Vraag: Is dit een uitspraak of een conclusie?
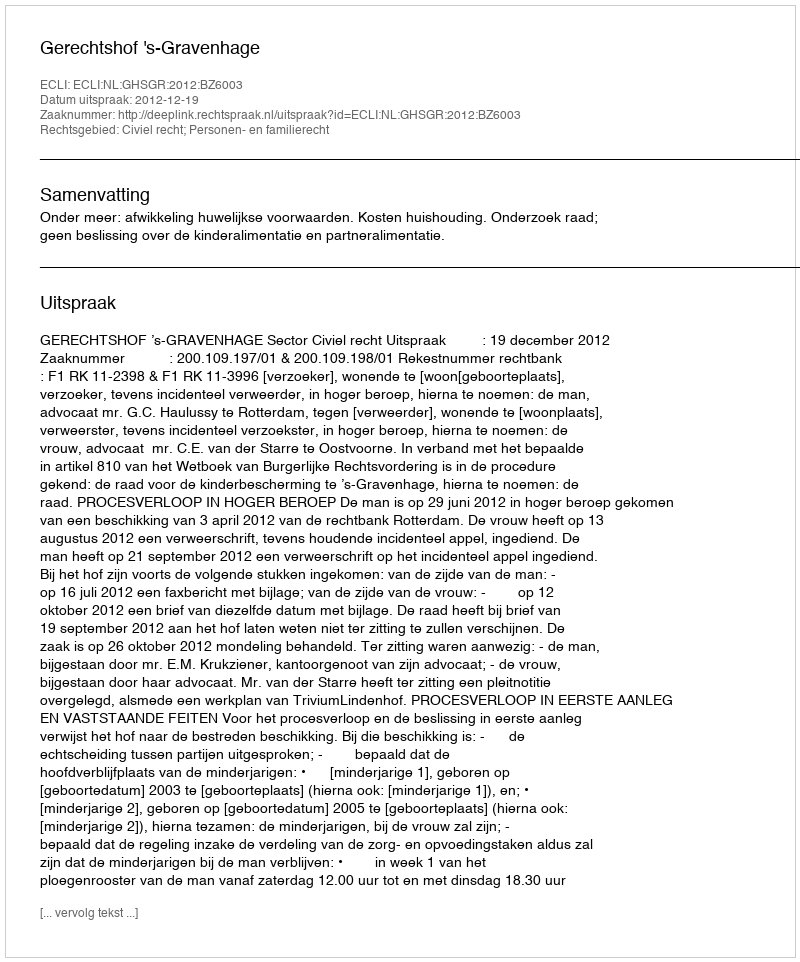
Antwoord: Uitspraak